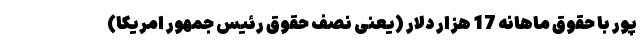
پور با حقوق ماهانه 17 هزار دلار (یعنی نصف حقوق رئیس جمهور امریکا)